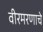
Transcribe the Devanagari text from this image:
वीरमरणाचे